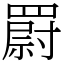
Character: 罻